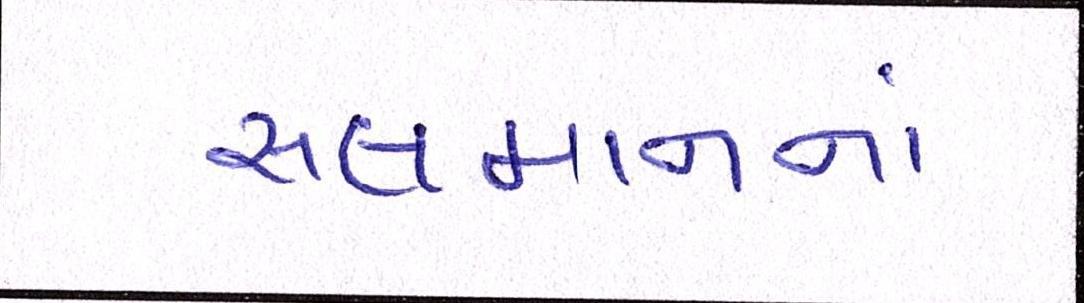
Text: સલમાનનાં